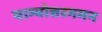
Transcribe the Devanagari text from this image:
याम्योत्तरगमन